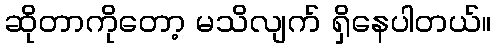
ဆိုတာကိုတော့ မသိလျက် ရှိနေပါတယ်။